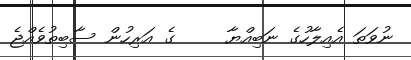
ނުވަތަ އެއިލާހުގެ ނަބިއްޔާ     ގެ އަރިހުން ސާބިތުވެއްޖެ